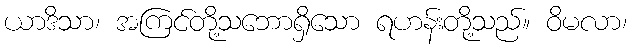
ယာဒိသာ၊ အကြင်တို့သဘောရှိသော ရဟန်းတို့သည်။ ဝိမလာ၊